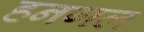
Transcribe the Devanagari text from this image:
हनगल